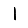
Digit: 1